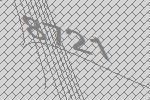
8721